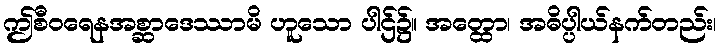
ဤစီဝရေနအစ္ဆာဒေဿာမိ ဟူသော ပါဌ်၌။ အတ္ထော၊ အဓိပ္ပါယ်နက်တည်း၊